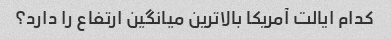
کدام ایالت آمریکا بالاترین میانگین ارتفاع را دارد؟